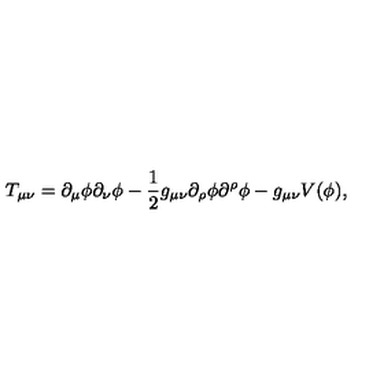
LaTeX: T _ { \mu \nu } = \partial _ { \mu } \phi \partial _ { \nu } \phi - \frac { 1 } { 2 } g _ { \mu \nu } \partial _ { \rho } \phi \partial ^ { \rho } \phi - g _ { \mu \nu } V ( \phi ) ,